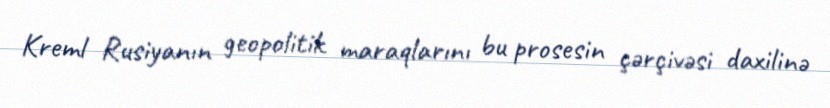
Kreml Rusiyanın geopolitik maraqlarını bu prosesin çərçivəsi daxilinə